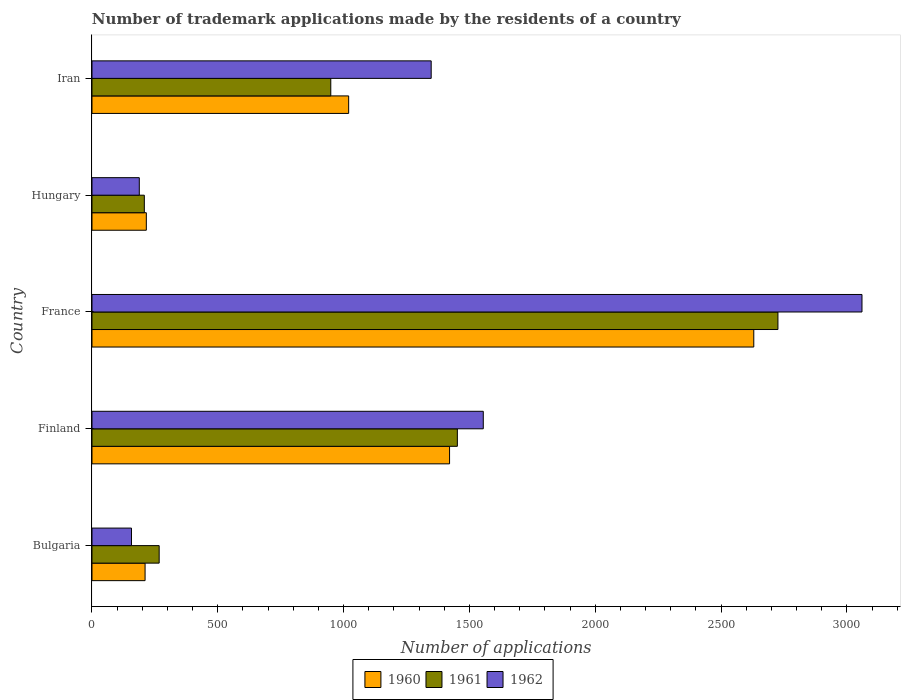
| Country | 1960 | 1961 | 1962 |
 | --- | --- | --- | --- |
 | Bulgaria | 211 | 267 | 157 |
 | Finland | 1.42e+03 | 1.45e+03 | 1.56e+03 |
 | France | 2.63e+03 | 2.73e+03 | 3.06e+03 |
 | Hungary | 216 | 208 | 188 |
 | Iran | 1.02e+03 | 949 | 1.35e+03 |